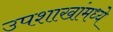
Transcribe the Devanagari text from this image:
उपशाखांमध्ये